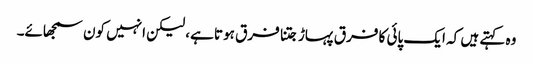
وہ کہتے ہیں کہ ایک پائی کا فرق پہاڑ جتنا فرق ہوتا ہے، لیکن انہیں کون سمجھائے۔